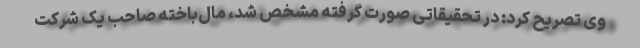
وی تصریح کرد: در تحقیقاتی صورت گرفته مشخص شد، مال‌باخته صاحب یک شرکت